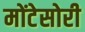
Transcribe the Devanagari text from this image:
मोंटेसोरी